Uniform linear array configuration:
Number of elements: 48
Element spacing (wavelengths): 0.5
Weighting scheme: cosine
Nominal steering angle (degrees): -45
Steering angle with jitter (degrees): -44.896
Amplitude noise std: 0.05
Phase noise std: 0.05

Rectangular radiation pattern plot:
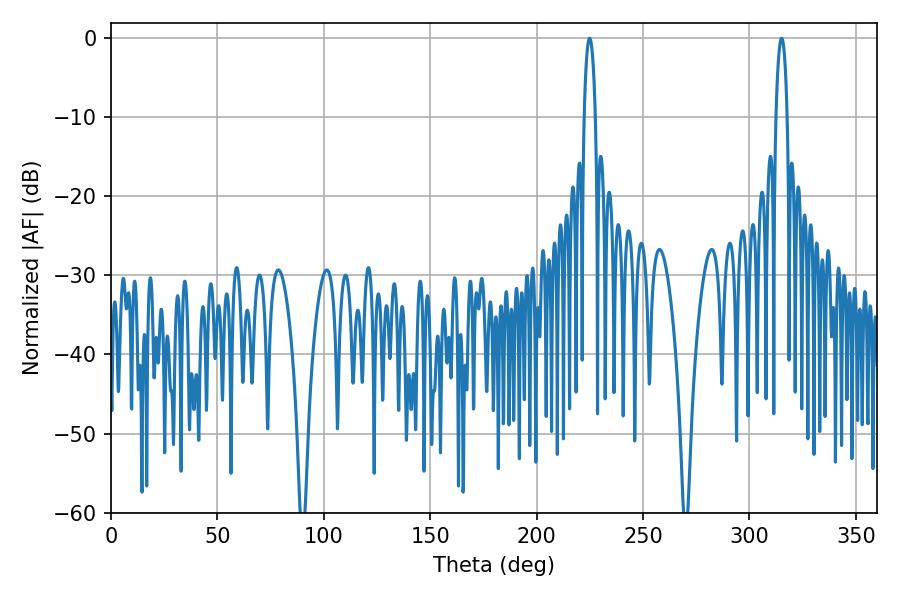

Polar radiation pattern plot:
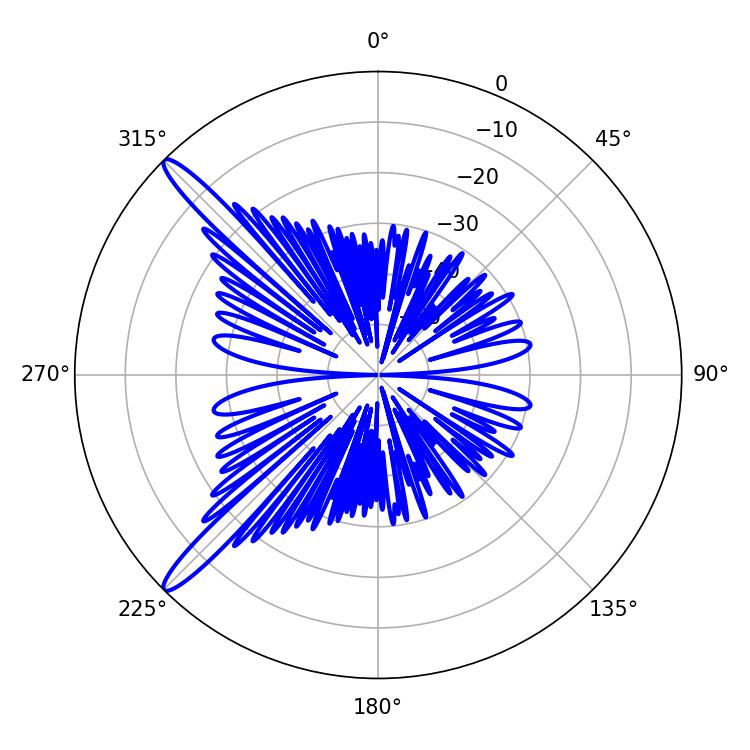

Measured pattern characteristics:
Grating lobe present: FALSE
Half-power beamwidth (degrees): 3.06
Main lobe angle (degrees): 224.82